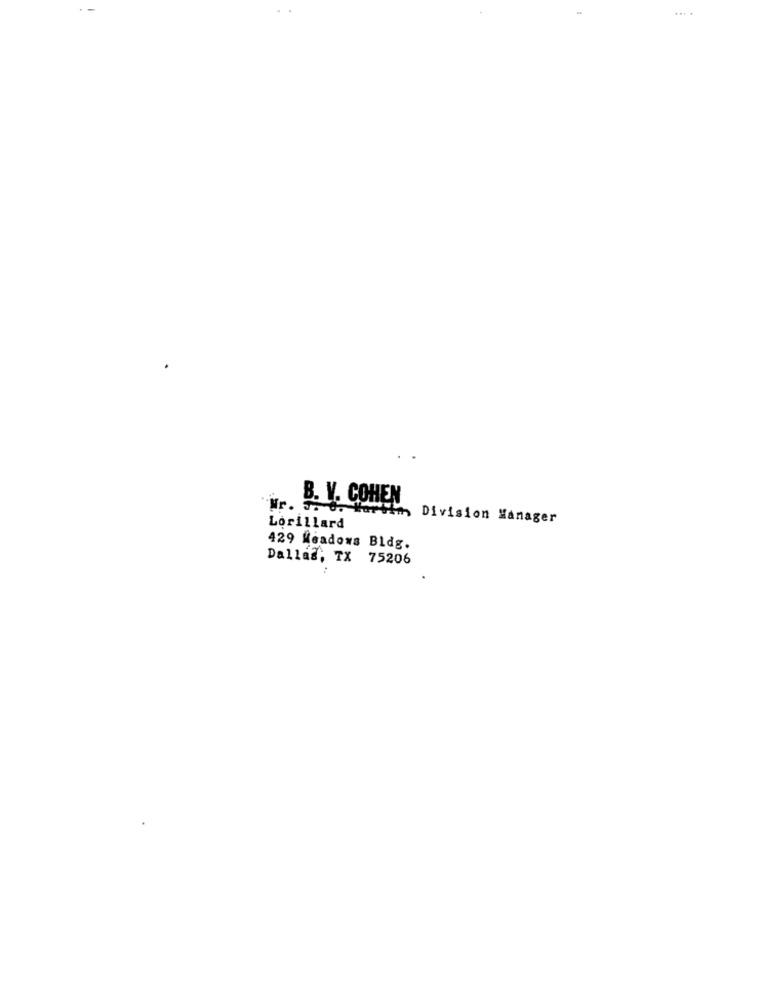
...
B. V. COHEN
Nr. 3. 0. 1
Division Manager
Lorillard
429 Meadows Bldg.
Dallas, TX 75206